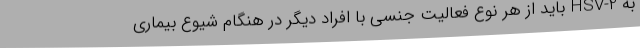
به HSV-2 باید از هر نوع فعالیت جنسی با افراد دیگر در هنگام شیوع بیماری